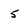
Character: 5